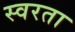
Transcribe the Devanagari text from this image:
स्वरता